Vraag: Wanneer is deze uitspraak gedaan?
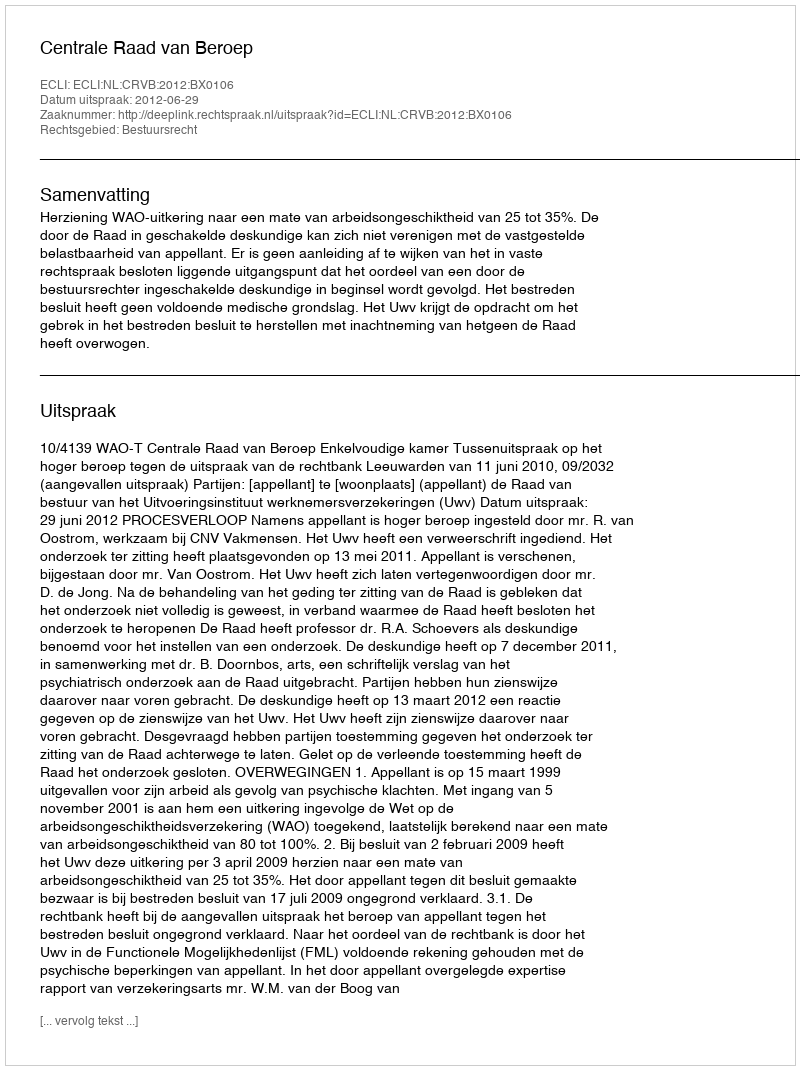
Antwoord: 2012-06-29